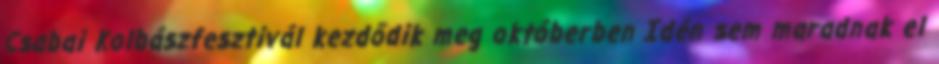
Csabai Kolbászfesztivál kezdődik meg októberben Idén sem maradnak el